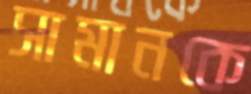
সামানকে